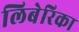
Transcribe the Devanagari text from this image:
लिबेरिका